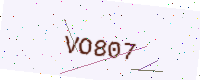
Text: VO807